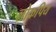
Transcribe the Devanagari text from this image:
लोक्रपिय